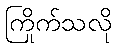
ကြိုက်သလို